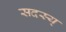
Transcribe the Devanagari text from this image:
सदस्य्